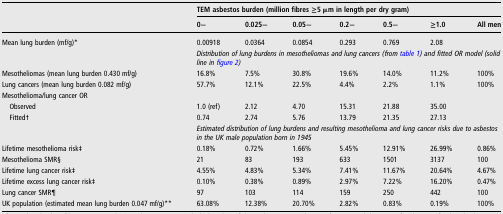
<table><thead><tr><td><b> </b></td><td colspan="7"><b>TEM asbestos burden (million fibres ≥5 μm in length per dry gram)</b></td></tr><tr><td></td><td><b>0−</b></td><td><b>0.025−</b></td><td><b>0.05−</b></td><td><b>0.2−</b></td><td><b>0.5−</b></td><td><b>≥1.0</b></td><td><b>All men</b></td></tr></thead><tbody><tr><td>Mean lung burden (mf/g)*</td><td>0.00918</td><td>0.0364</td><td>0.0854</td><td>0.293</td><td>0.769</td><td>2.08</td><td></td></tr><tr><td></td><td colspan="7"><i>Distribution of lung burdens in mesotheliomas and lung cancers (from table 1) and fitted OR model (solid line in figure 2)</i></td></tr><tr><td>Mesotheliomas (mean lung burden 0.430 mf/g)</td><td>16.8%</td><td>7.5%</td><td>30.8%</td><td>19.6%</td><td>14.0%</td><td>11.2%</td><td>100%</td></tr><tr><td>Lung cancers (mean lung burden 0.082 mf/g)</td><td>57.7%</td><td>12.1%</td><td>22.5%</td><td>4.4%</td><td>2.2%</td><td>1.1%</td><td>100%</td></tr><tr><td colspan="8">Mesothelioma/lung cancer OR</td></tr><tr><td> Observed</td><td>1.0 (ref)</td><td>2.12</td><td>4.70</td><td>15.31</td><td>21.88</td><td>35.00</td><td></td></tr><tr><td> Fitted†</td><td>0.74</td><td>2.74</td><td>5.76</td><td>13.79</td><td>21.35</td><td>27.13</td><td></td></tr><tr><td></td><td colspan="7"><i>Estimated distribution of lung burdens and resulting mesothelioma and lung cancer risks due to asbestos in the UK male population born in 1945</i></td></tr><tr><td>Lifetime mesothelioma risk‡</td><td>0.18%</td><td>0.72%</td><td>1.66%</td><td>5.45%</td><td>12.91%</td><td>26.99%</td><td>0.86%</td></tr><tr><td>Mesothelioma SMR§</td><td>21</td><td>83</td><td>193</td><td>633</td><td>1501</td><td>3137</td><td>100</td></tr><tr><td>Lifetime lung cancer risk‡</td><td>4.55%</td><td>4.83%</td><td>5.34%</td><td>7.41%</td><td>11.67%</td><td>20.64%</td><td>4.67%</td></tr><tr><td>Lifetime excess lung cancer risk‡</td><td>0.10%</td><td>0.38%</td><td>0.89%</td><td>2.97%</td><td>7.22%</td><td>16.20%</td><td>0.47%</td></tr><tr><td>Lung cancer SMR¶</td><td>97</td><td>103</td><td>114</td><td>159</td><td>250</td><td>442</td><td>100</td></tr><tr><td>UK population (estimated mean lung burden 0.047 mf/g)**</td><td>63.08%</td><td>12.38%</td><td>20.70%</td><td>2.82%</td><td>0.83%</td><td>0.19%</td><td>100%</td></tr></tbody></table>